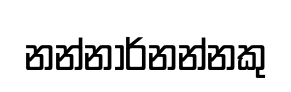
නන්නාර්නන්නකු